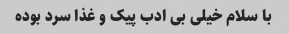
با سلام خیلی بی ادب پیک و غذا سرد بوده